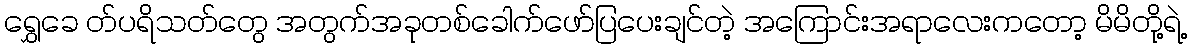
ရွှေခေ တ်ပရိသတ်တွေ အတွက်အခုတစ်ခေါက်ဖော်ပြပေးချင်တဲ့ အကြောင်းအရာလေးကတော့ မိမိတို့ရဲ့